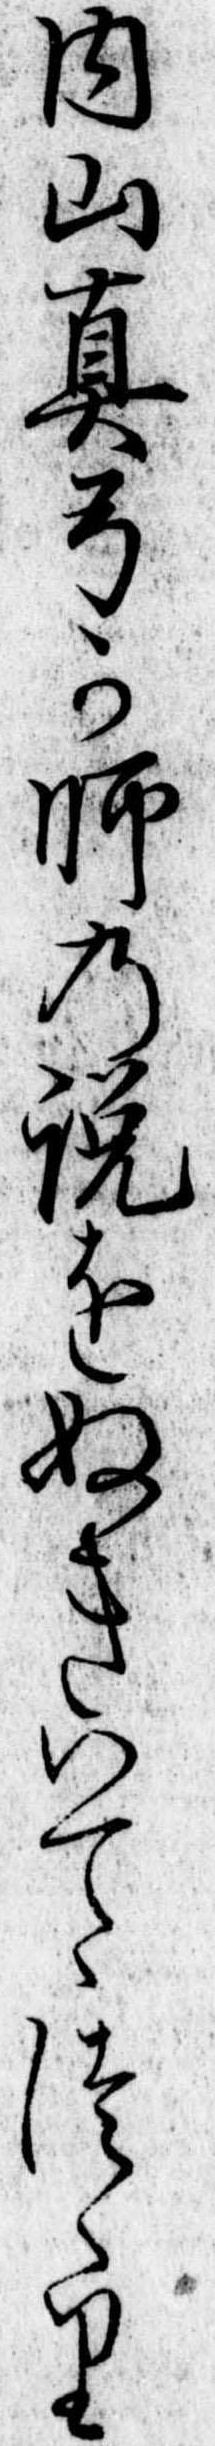
内山真弓か師の説をぬきいてつゝり